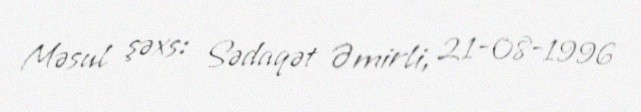
Məsul şəxs: Sədaqət Əmirli, 21-08-1996